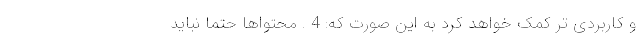
و کاربردی تر کمک خواهد کرد به این صورت که: 4 . محتواها حتما نباید